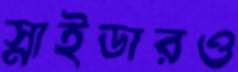
স্নাইডারও